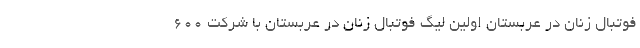
فوتبال زنان در عربستان اولین لیگ فوتبال زنان در عربستان با شرکت ۶۰۰